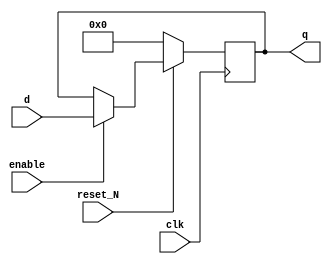


//////////// RTL for DW03_reg_s_pl starts here /////
module DW03_reg_s_pl ( d, clk, reset_N, enable, q )/* synthesis syn_builtin_du = "weak" */;

parameter width = 8;
parameter reset_value = 0;

parameter set_value = (width >= 32) ? 0 : reset_value ;

//Input/output declaration
input 				   clk;       
input [width - 1 : 0]  d;
input 				   enable;    
input 				   reset_N;   
output [width - 1 : 0] q;

//Internal signal declartion
reg [width - 1 : 0]    d_in;
reg [width - 1 : 0]    q;

//Implementing combo logic
always @ ( reset_N or enable or q or d )
  if ( ! reset_N )
     d_in = set_value;
  else if ( enable )
     d_in = d;
  else 
     d_in = q;
	 
//Implementing registers	 
always @(posedge clk)
   q <= d_in;

endmodule